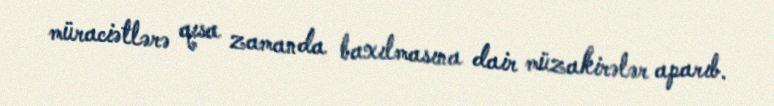
müraciətlərə qısa zamanda baxılmasına dair müzakirələr aparıb.